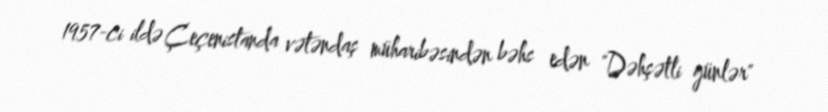
1957-ci ildə Çeçenistanda vətəndaş müharibəsindən bəhs edən "Dəhşətli günlər"